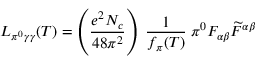
{ \cal L } _ { \pi ^ { 0 } \gamma \gamma } ( T ) = \left( { \frac { e ^ { 2 } N _ { c } } { 4 8 \pi ^ { 2 } } } \right) \; { \frac { 1 } { f _ { \pi } ( T ) } } \; \pi ^ { 0 } F _ { \alpha \beta } \widetilde { F } ^ { \alpha \beta }